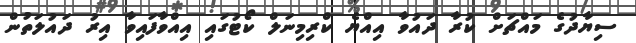
ސިޔާދުގެ މައްޗަށް ކުރާ ދައުވާ އިއްޔެ ކްރިމިނަލް ކޯޓުގައި އިއްވާފައިވާ އިރު ދައުލަތުން